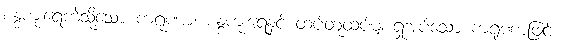
စန္ဒကူးရေကဲ့သို့သော ကရုဏာ၊ စန္ဒကူးရေနှင့် ထပ်တူထပ်မျှ ရှုအပ်သော ကရုဏာဖြင့်